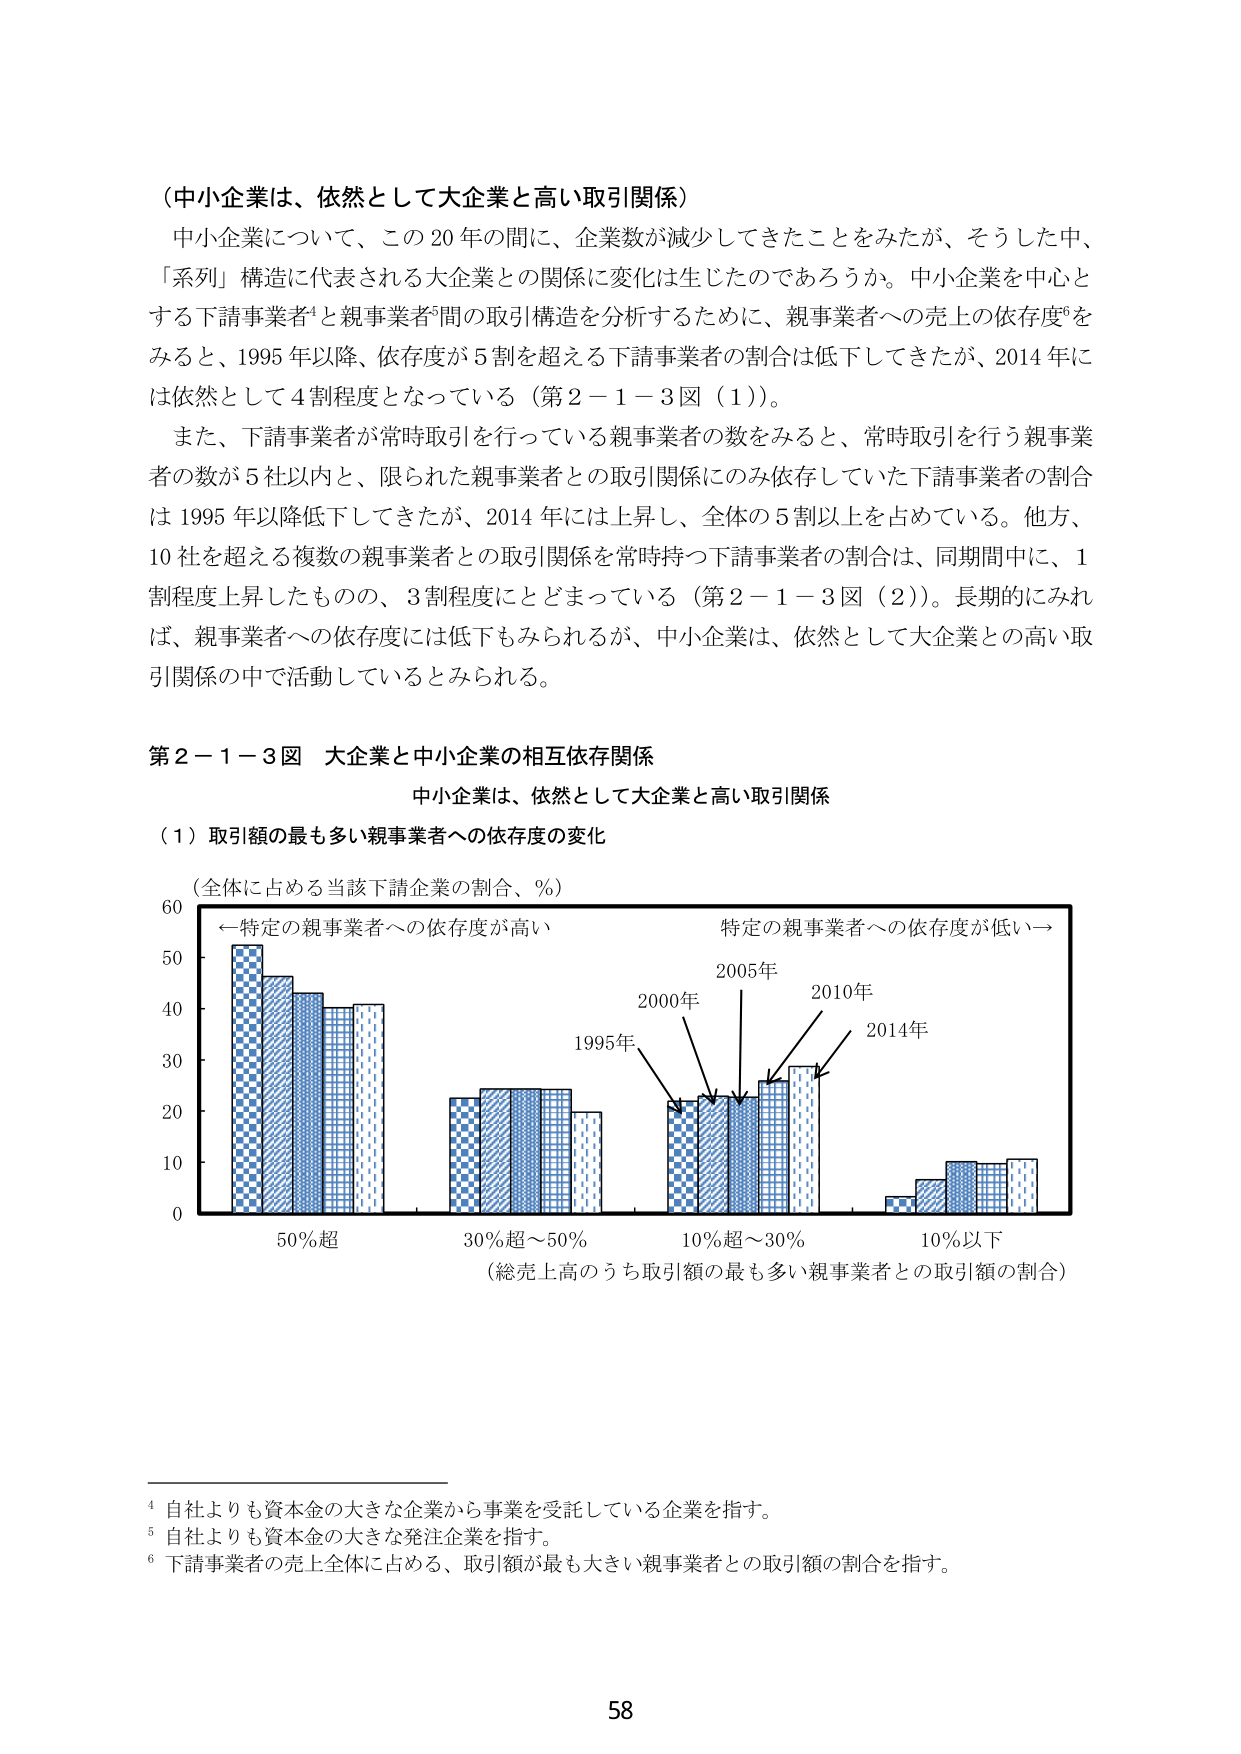
（中小企業は、依然として大企業と高い取引関係）

中小企業について、この20年の間に、企業数が減少してきたことをみたが、そうした中、「系列」構造に代表される大企業との関係に変化は生じたのであろうか。中小企業を中心とする下請事業者⁴と親事業者⁵間の取引構造を分析するために、親事業者への売上の依存度⁶をみると、1995年以降、依存度が5割を超える下請事業者の割合は低下してきたが、2014年には依然として4割程度となっている（第2－1－3図（1））。

また、下請事業者が常時取引を行っている親事業者の数をみると、常時取引を行う親事業者の数が5社以内と、限られた親事業者との取引関係にのみ依存していた下請事業者の割合は1995年以降低下してきたが、2014年には上昇し、全体の5割以上を占めている。他方、10社を超える複数の親事業者との取引関係を常時持つ下請事業者の割合は、同期間中に、1割程度上昇したものの、3割程度にとどまっている（第2－1－3図（2））。長期的にみれば、親事業者への依存度には低下もみられるが、中小企業は、依然として大企業との高い取引関係の中で活動しているとみられる。

第2－1－3図　大企業と中小企業の相互依存関係

中小企業は、依然として大企業と高い取引関係

（1）取引額の最も多い親事業者への依存度の変化

（全体に占める当該下請企業の割合、％）

←特定の親事業者への依存度が高い　　　　　　　　特定の親事業者への依存度が低い→

60

50

40

30

20

10

0